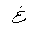
Letter: _gayn